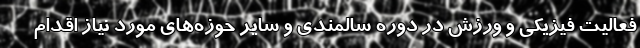
فعالیت فیزیکی و ورزش در دوره سالمندی و سایر حوزه‌های مورد نیاز اقدام